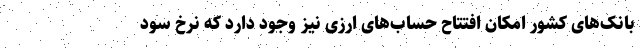
بانک‌های کشور امکان افتتاح حساب‌های ارزی نیز وجود دارد که نرخ سود